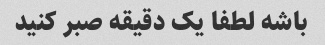
باشه لطفا یک دقیقه صبر کنید